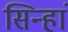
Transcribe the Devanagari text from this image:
सिन्हां